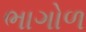
ભાગોળ